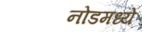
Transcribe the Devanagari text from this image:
नोडमध्ये